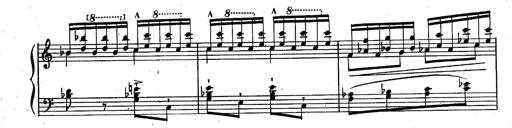
Title: RÃ©miniscences des Huguenots
Composer: Franz Liszt